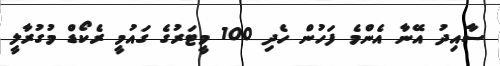
ސާއިދު އޭނާ އެންމެ ފަހުން ހެދި 100 މީޓަރުގެ ގައުމީ ރެކޯޑް މުގުރާލީ